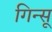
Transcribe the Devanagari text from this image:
गिन्सू